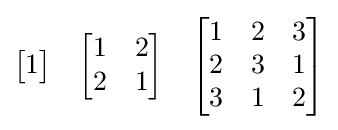
{\begin{bmatrix}1\end{bmatrix}}\quad {\begin{bmatrix}1&2\\2&1\end{bmatrix}}\quad {\begin{bmatrix}1&2&3\\2&3&1\\3&1&2\end{bmatrix}}